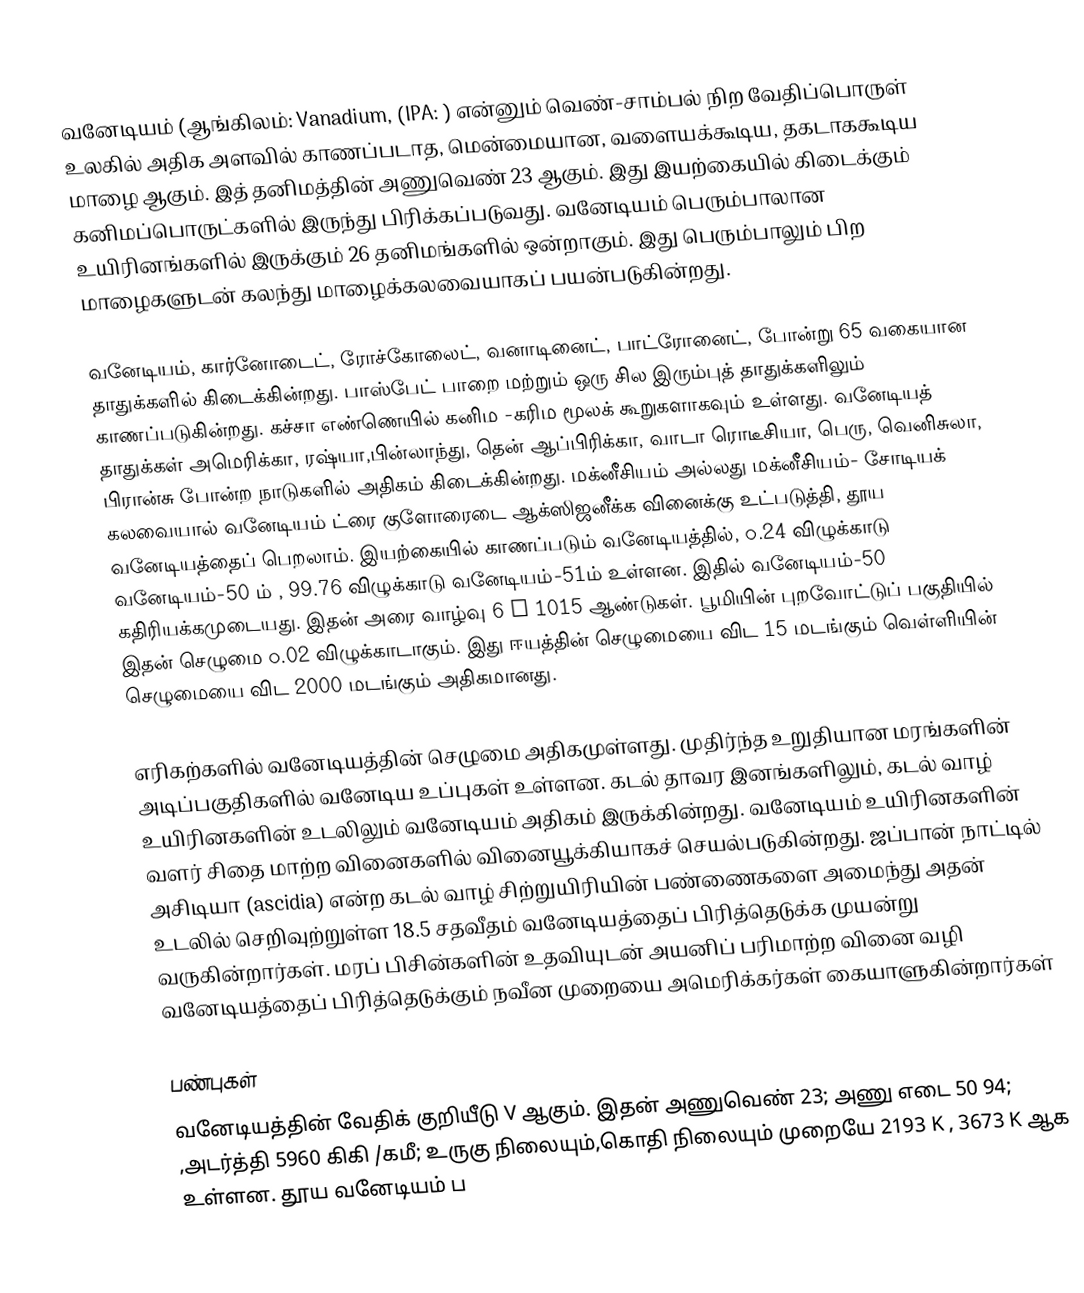
வனேடியம் (ஆங்கிலம்: Vanadium, (IPA: ) என்னும் வெண்-சாம்பல் நிற வேதிப்பொருள் உலகில் அதிக அளவில் காணப்படாத, மென்மையான, வளையக்கூடிய, தகடாககூடிய மாழை ஆகும். இத் தனிமத்தின் அணுவெண் 23 ஆகும். இது இயற்கையில் கிடைக்கும் கனிமப்பொருட்களில் இருந்து பிரிக்கப்படுவது. வனேடியம் பெரும்பாலான உயிரினங்களில் இருக்கும் 26 தனிமங்களில் ஒன்றாகும். இது பெரும்பாலும் பிற மாழைகளுடன் கலந்து மாழைக்கலவையாகப் பயன்படுகின்றது.

வனேடியம், கார்னோடைட், ரோச்கோலைட், வனாடினைட், பாட்ரோனைட், போன்று 65 வகையான தாதுக்களில் கிடைக்கின்றது. பாஸ்பேட் பாறை மற்றும் ஒரு சில இரும்புத் தாதுக்களிலும் காணப்படுகின்றது. கச்சா எண்ணெயில் கனிம -கரிம மூலக் கூறுகளாகவும் உள்ளது. வனேடியத் தாதுக்கள் அமெரிக்கா, ரஷ்யா,பின்லாந்து, தென் ஆப்பிரிக்கா, வாடா ரொடீசியா, பெரு, வெனிசுலா, பிரான்சு போன்ற நாடுகளில் அதிகம் கிடைக்கின்றது. மக்னீசியம் அல்லது மக்னீசியம்- சோடியக் கலவையால் வனேடியம் ட்ரை குளோரைடை ஆக்ஸிஜனீக்க வினைக்கு உட்படுத்தி, தூய வனேடியத்தைப் பெறலாம். இயற்கையில் காணப்படும் வனேடியத்தில், ௦.24 விழுக்காடு வனேடியம்-50 ம் , 99.76 விழுக்காடு வனேடியம்-51ம் உள்ளன. இதில் வனேடியம்-50 கதிரியக்கமுடையது. இதன் அரை வாழ்வு 6 x 1015 ஆண்டுகள். பூமியின் புறவோட்டுப் பகுதியில் இதன்  செழுமை ௦.02 விழுக்காடாகும். இது ஈயத்தின் செழுமையை விட 15 மடங்கும் வெள்ளியின் செழுமையை விட 2000 மடங்கும் அதிகமானது.

எரிகற்களில் வனேடியத்தின் செழுமை அதிகமுள்ளது. முதிர்ந்த உறுதியான மரங்களின் அடிப்பகுதிகளில் வனேடிய உப்புகள் உள்ளன. கடல்  தாவர இனங்களிலும், கடல் வாழ் உயிரினகளின்  உடலிலும்           வனேடியம் அதிகம் இருக்கின்றது.  வனேடியம் உயிரினகளின் வளர் சிதை மாற்ற வினைகளில் வினையூக்கியாகச் செயல்படுகின்றது. ஜப்பான் நாட்டில் அசிடியா (ascidia) என்ற  கடல் வாழ் சிற்றுயிரியின் பண்ணைகளை அமைந்து அதன் உடலில் செறிவுற்றுள்ள 18.5 சதவீதம் வனேடியத்தைப் பிரித்தெடுக்க முயன்று வருகின்றார்கள். மரப் பிசின்களின் உதவியுடன் அயனிப் பரிமாற்ற வினை வழி வனேடியத்தைப் பிரித்தெடுக்கும் நவீன முறையை அமெரிக்கர்கள் கையாளுகின்றார்கள்

பண்புகள்
வனேடியத்தின் வேதிக் குறியீடு V ஆகும். இதன் அணுவெண் 23; அணு எடை 50 94; ,அடர்த்தி 5960 கிகி /கமீ; உருகு நிலையும்,கொதி நிலையும் முறையே 2193 K , 3673 K ஆக உள்ளன. தூய வனேடியம் ப